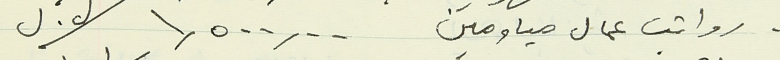
- رواتب عمال مياومين ١,٥٠٠,٠٠ / ل. ل